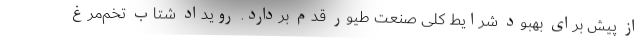
از پیش برای بهبود شرایط کلی صنعت طیور قدم بردارد. رویداد شتاب تخم‌مرغ